Trukikaitis_Postimees, lk 4
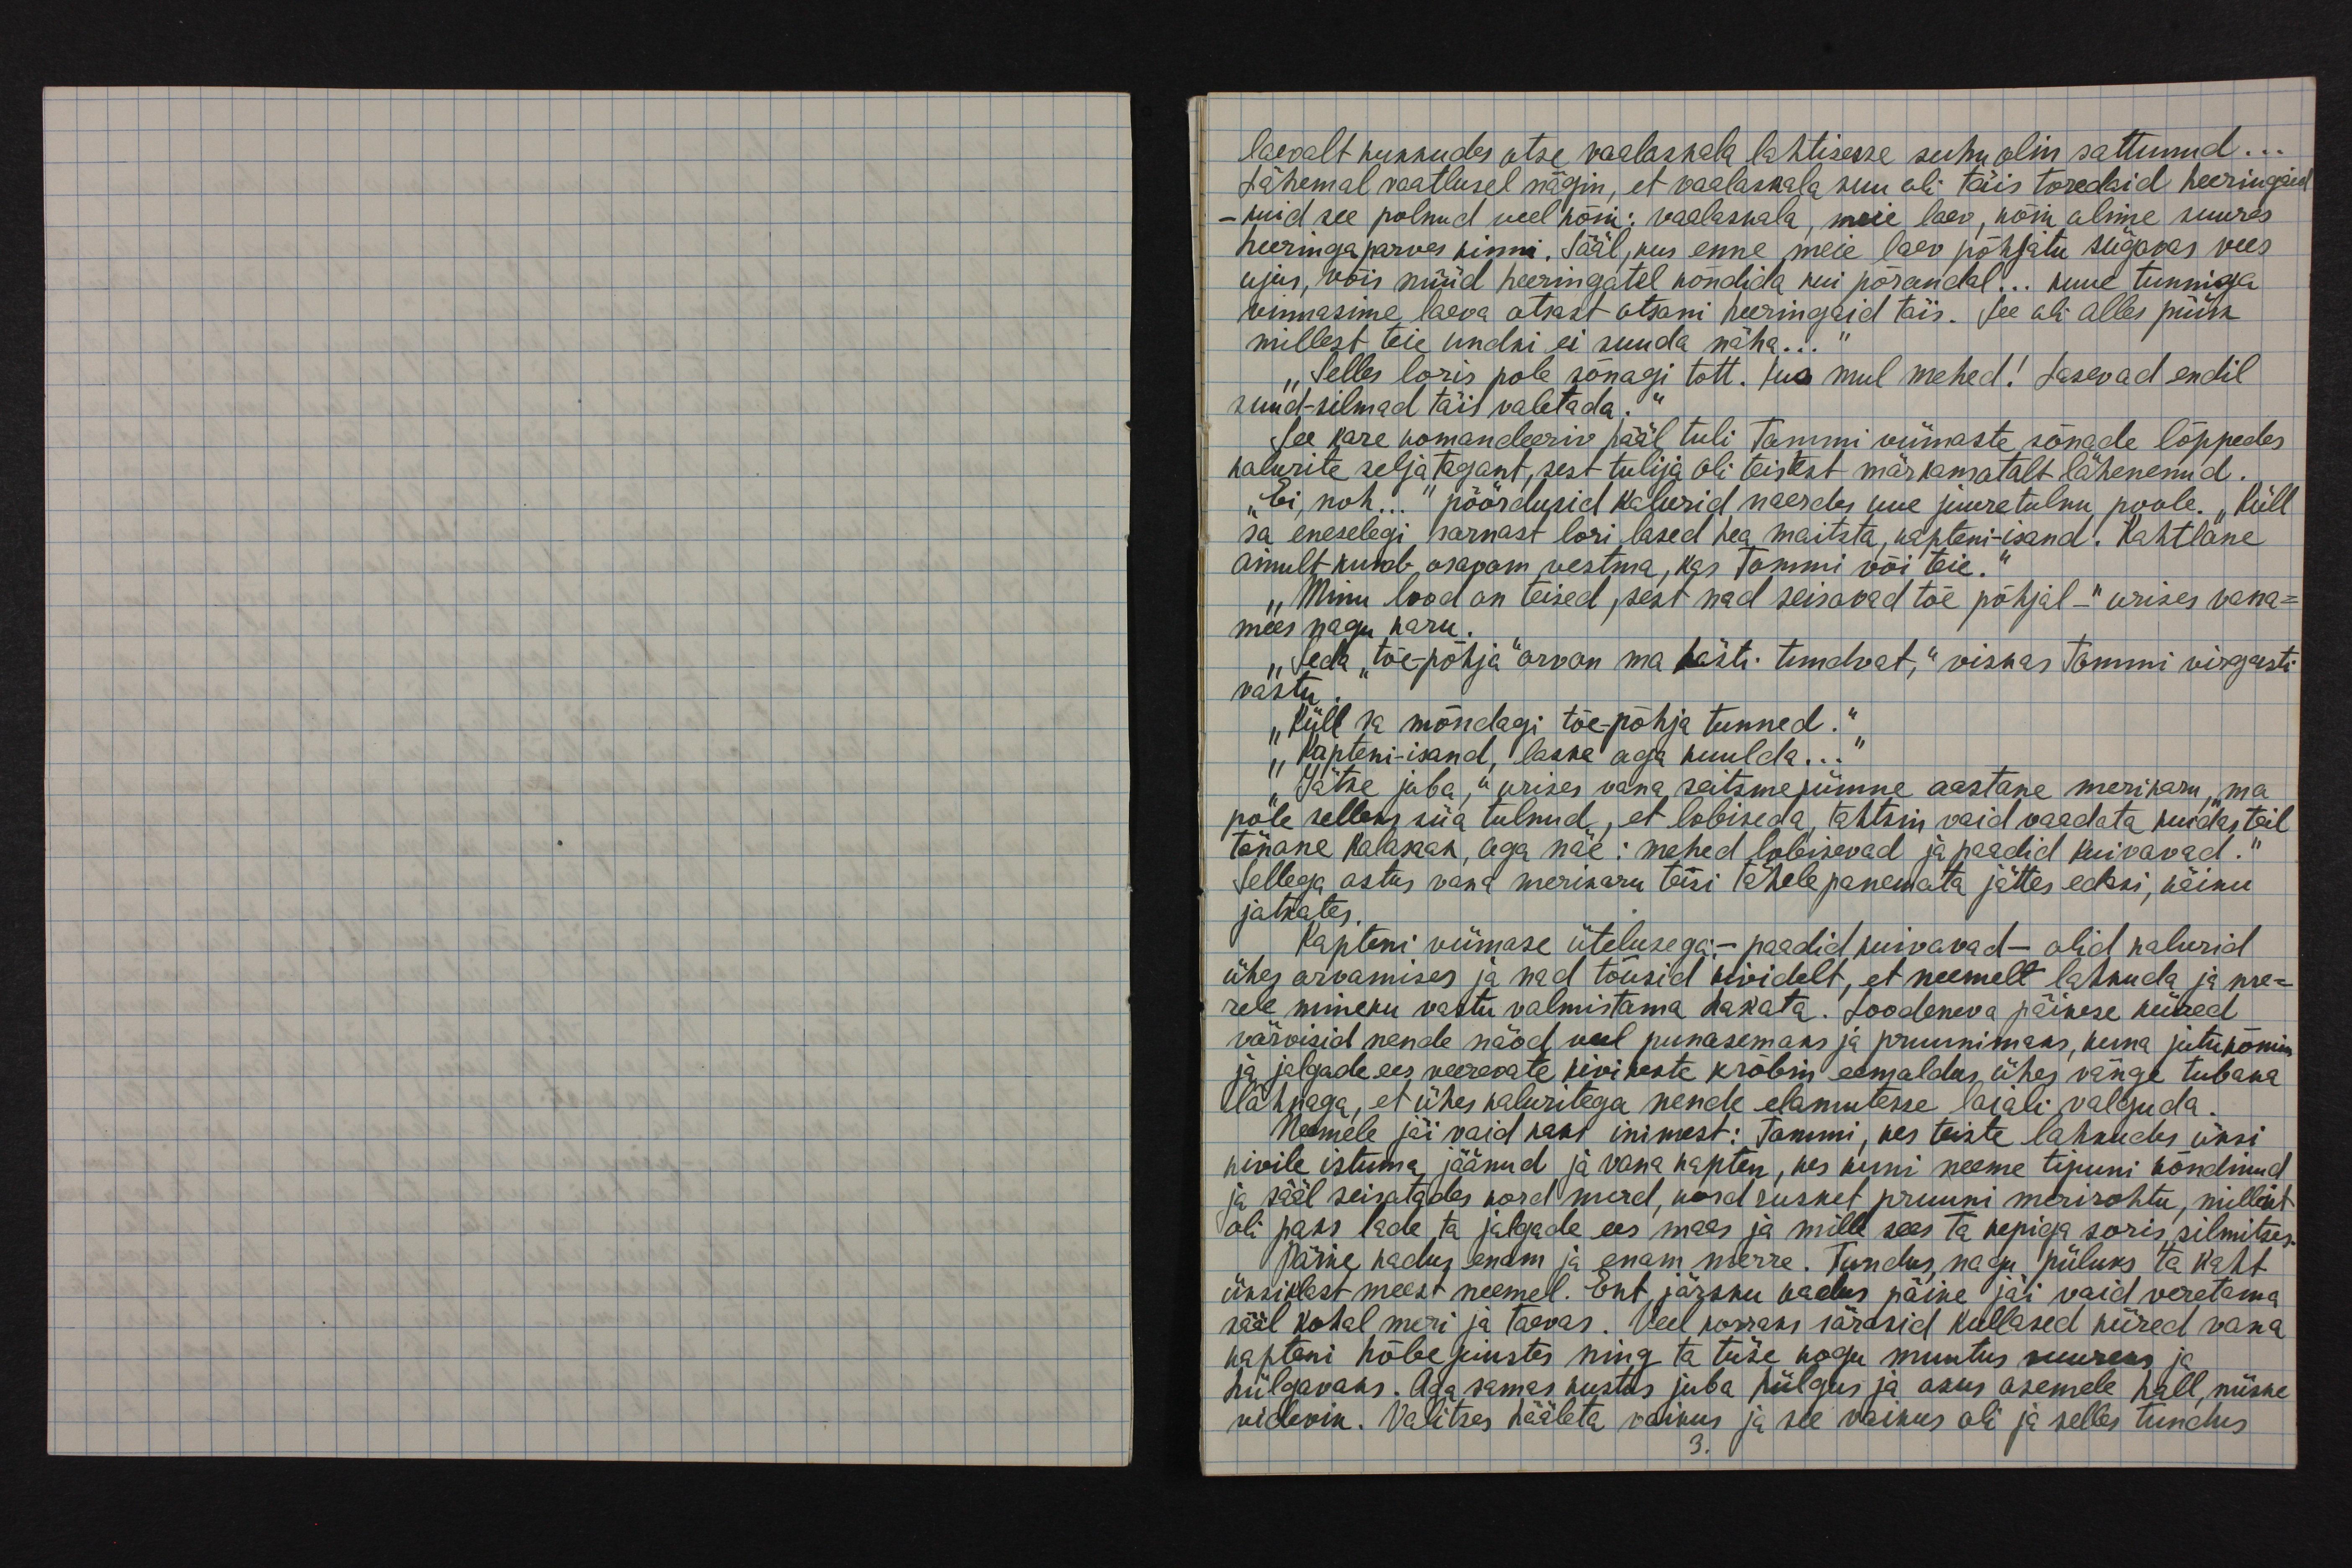
laevalt kukkudes otse vaalaskala lahtisesse suhu olin sattunud...
lähemal vaatlusel nägin, et vaelaskala suu oli täis toredaid heeringaid
- kuid see polnud veel kõik: vaalaskala, meie laev, kõik olime suures
heeringa parves kinni. Sääl, kus enne meie laev põhjatu sügavas vees
ujus, võis nüüd heeringatel kõndida kui põrandal... kuue tunniga
vimmasime laeva otsast otsani heeringaid täis. See oli alles püük
millest teie undki ei suuda näha..."
"Selles loris pole sõnagi tõtt. Kus mul mehed! Lasevad endil
suud-silmad täis valetada."
See kare komandeeriv hääl tuli Tommi viimaste sõnade lõppedes
kalurite selja tagant, sest tulija oli teistest märkamatalt lähenenud.
"Ei, noh..." pöördusid kalurid naerdes uue juuretulnu poole. "küll
sa eneselegi sarnast lori lased hea maitsta, kapteni-isand! Kahtlane
ainult kumb osavam vestma, kas Tommi või teie."
"Minu lood on teised, sest nad seisavad tõe põhjal-" urises vana-
mees nagu karu.
"Seda "tõe-põhja" arvan ma hästi tundvat," viskas Tommi virgesti
vastu."
"Küll sa mõndagi tõe-põhja tunned."
"Kapteni-isand, laske aga kuulda..."
"Jätke juba," urises vana seitsmekümne aastane merikaru, "ma
pole selleks siia tulnud, et lobiseda, tahtsin vaid vaadata kuidas teil
tänane kalasaak, aga näe: mehed lobisevad ja paadid kuivavad."
Sellega astus vana merikaru teisi tähele panemata jättes edasi, käiku
jatkates.
Kapteni viimase ütelusega: - paadid kuivavad - olid kalurid
ühes arvamises ja nad tõusid kividelt, et neemelt lahkuda ja me-
rele mineku vastu valmistama hakata. Loodeneva päikese kiired
värvisid nende näod veel punasemaks ja pruunimaks, kuna jutukõmin
ja jalgade ees veerevate kivikeste krõbin eemaldas ühes vänge tubaka
lõhnaga, et ühes kaluritega nende elamutesse laiali valguda.
Neemele jäi vaid kaks inimest: Tommi, kes teiste lahkudes üksi
kivile istuma jäänud ja vana kapten, kes kuni neeme tipuni kõndinud
ja sääl seisatades kord merel, kord rusket pruuni merirohtu, milleist
oli paks lade ta jalgade ees maas ja mille sees ta kepiga soris, silmitses.
Päike kadus enam ja enam merre. Tundus, nagu piilus ta kaht
üksiklast meest neemel. Ent järsku kadus päike jäi vaid veretama
sääl kohal meri ja taevas. Veel korraks särasid kollased kiired vana
kapteni hõbejuustes ning ta tüse kogu muutus suureks ja
hülgavaks. Aga samas kustus juba hiilgus ja asus asemele hall, niiske
videvik. Valitses hääleta vaikus ja see vaikus oli ja selles tundus